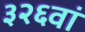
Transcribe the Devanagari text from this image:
३२६वां